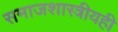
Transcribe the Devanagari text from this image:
समाजशास्त्रीयही